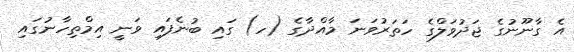
އެ ގާނޫނުގެ ޖަދުވަލްގެ ހަތަރުވަނަ މާއްދާގެ (ހ) ގައި ބުނެފައި ވަނީ އިމްތިހާނުގައި